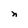
Character: n